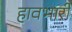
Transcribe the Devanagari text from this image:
हावभारी